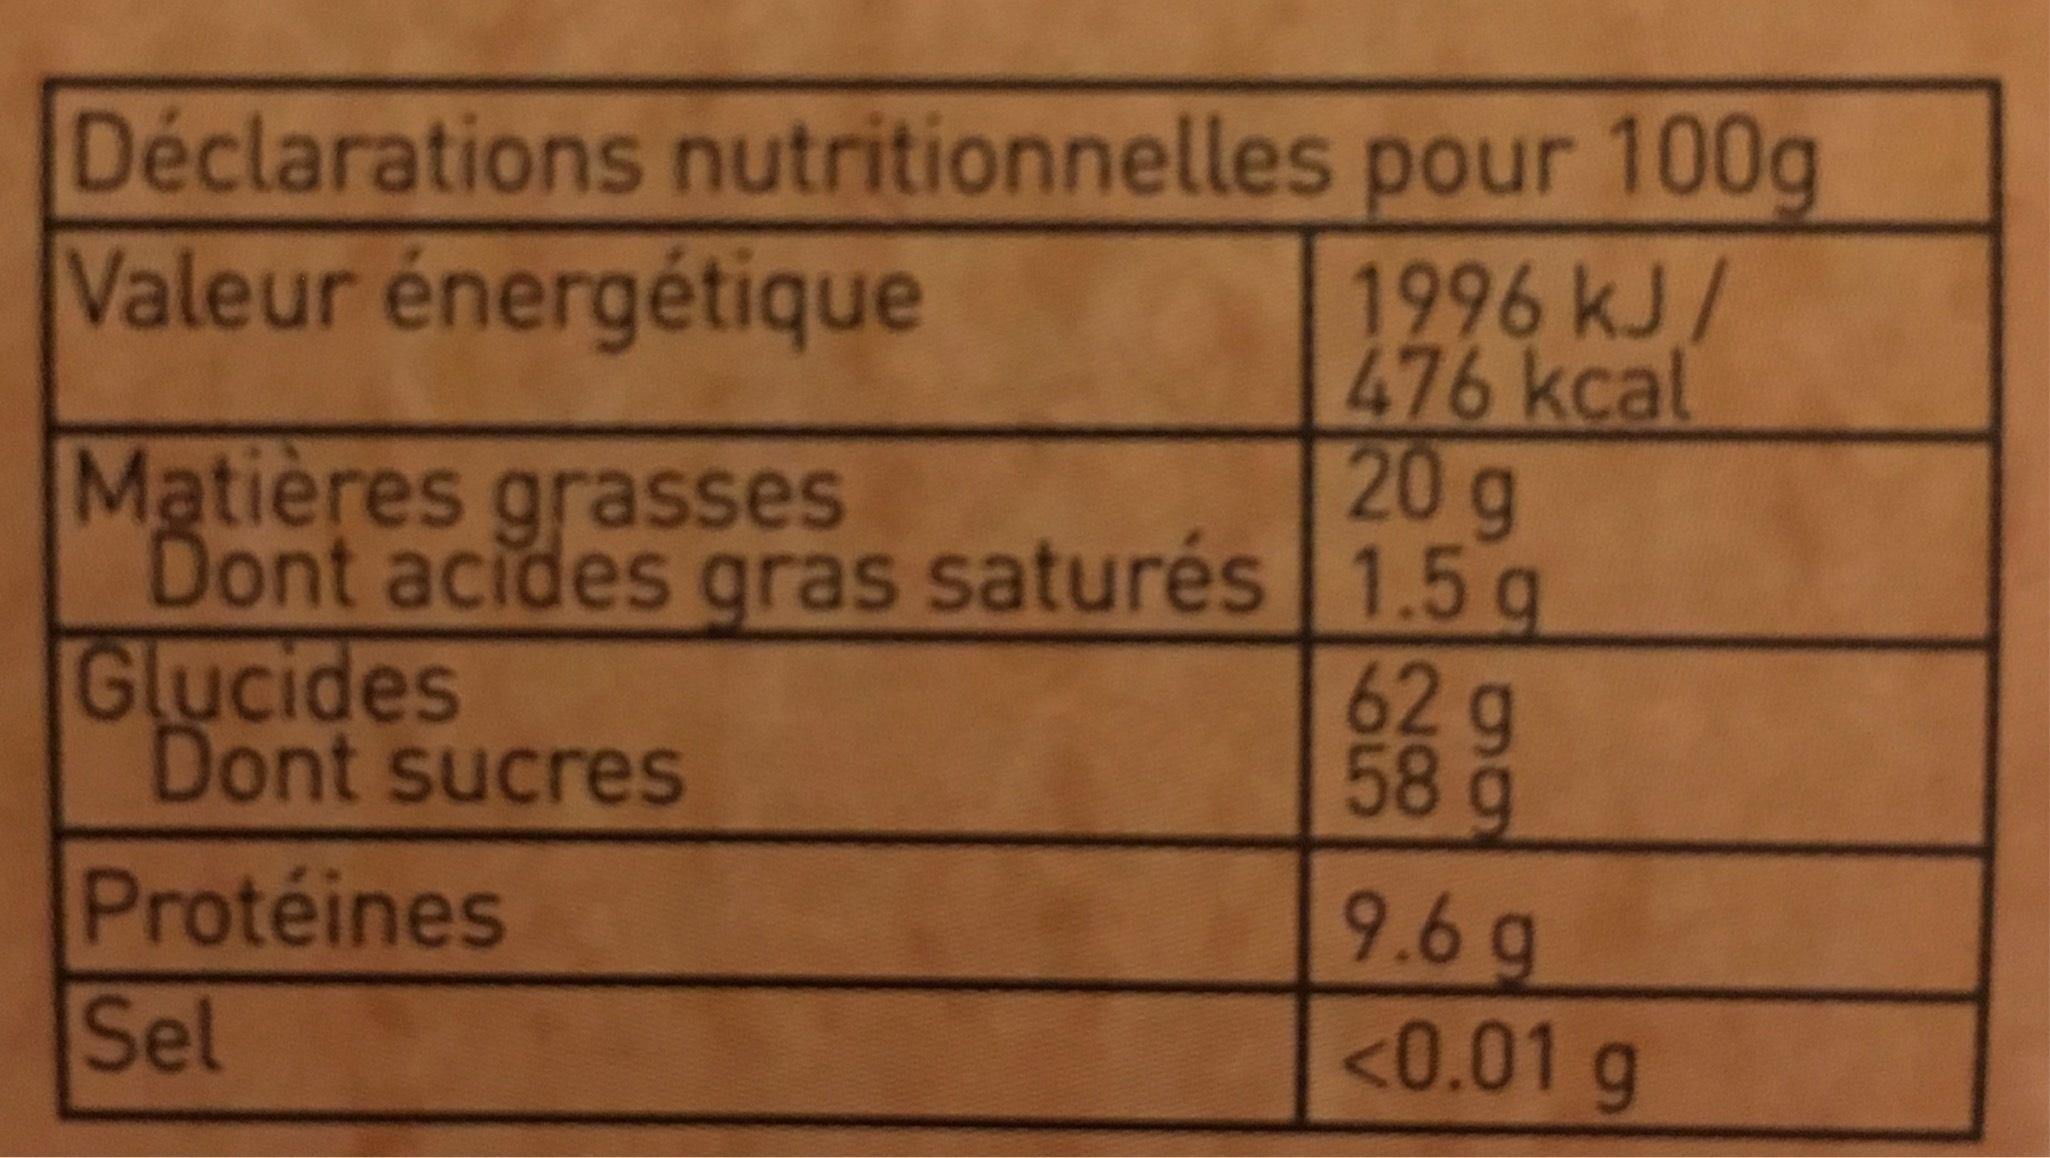
Déclarations nutritionnelles
Valeur énergétique
Matières grasses
Dont acides gras saturés 1.5 g
Glucides
Dont sucres
pour 100g
1996 kJ/ 476 kcal 20 g
Protéines
Sel
62 g
69
28
66
58 g
9.6 g
<0.01 g